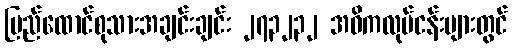
ပြည်ထောင်စုသားအချင်းချင်း ၂၇၃၂၃၂ အဓိကလုပ်ငန်းများတွင်